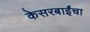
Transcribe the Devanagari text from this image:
केसरबाईंचा